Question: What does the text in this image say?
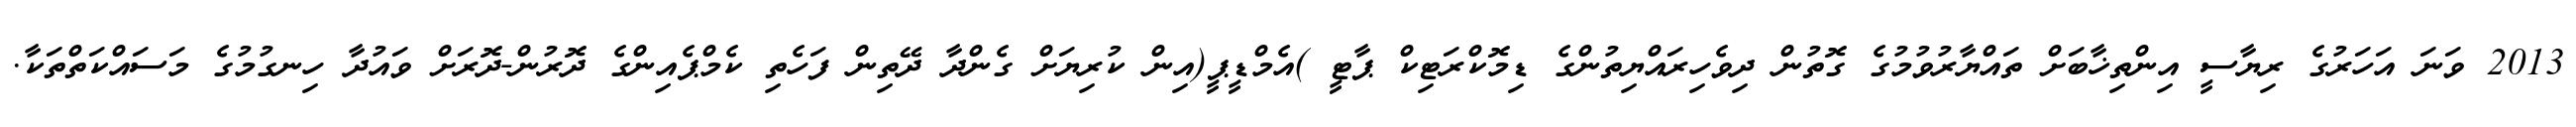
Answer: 2013 ވަނަ އަހަރުގެ ރިޔާސީ އިންތިޚާބަށް ތައްޔާރުވުމުގެ ގޮތުން ދިވެހިރައްޔިތުންގެ ޑިމޮކްރަޓިކް ޕާޓީ )އެމްޑީޕީ(އިން ކުރިޔަށް ގެންދާ ދޭތިން ފަހެތި ކެމްޕެއިންގެ ދޮރުން-ދޮރަށް ވައުދާ ހިނގުމުގެ މަސައްކަތްތަކާ.